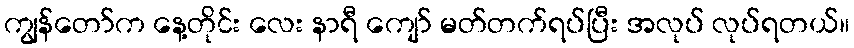
ကျွန်တော်က နေ့တိုင်း လေး နာရီ ကျော် မတ်တက်ရပ်ပြီး အလုပ် လုပ်ရတယ်။